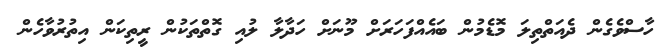
ހާސްވެގެން ދެއަތްތިލަ މޮޑެމުން ބައެއްފަހަރަށް މޫނަށް ހަދާލާ ލުއި ގޮތްތަކުން ރީތިކަން އިތުރުވާހެން